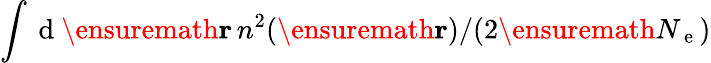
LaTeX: \int\mathrm{~d~}\ensuremath{\mathbf{r}}\, n^{2}(\ensuremath{\mathbf{r}})/(2\ensuremath{N_{\mathrm{~e~}}})